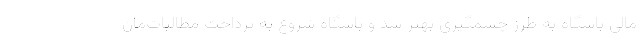
مالی باشگاه به طرز چشمگیری بهتر شد و باشگاه شروع به پرداخت مطالبات‌مان